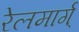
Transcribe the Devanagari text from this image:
रेलमार्ग्